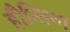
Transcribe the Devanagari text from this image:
हौन्तिन्ग